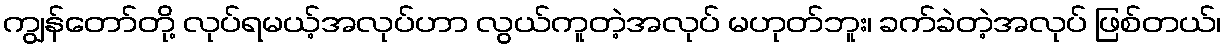
ကျွန်တော်တို့ လုပ်ရမယ့်အလုပ်ဟာ လွယ်ကူတဲ့အလုပ် မဟုတ်ဘူး၊ ခက်ခဲတဲ့အလုပ် ဖြစ်တယ်၊